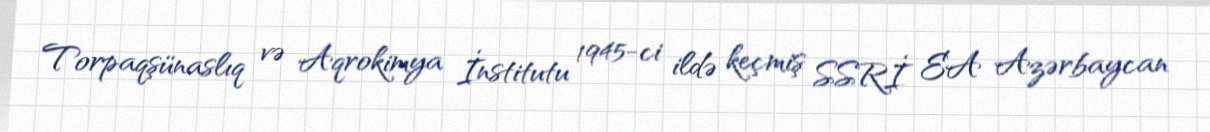
Torpaqşünaslıq və Aqrokimya İnstitutu 1945-ci ildə keçmiş SSRİ EA Azərbaycan